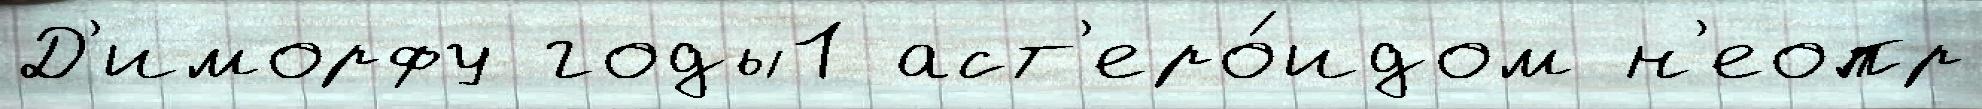
Д'иморфу годы1 аст'еро́идом н'еопр